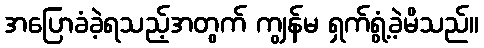
အပြောခံခဲ့ရသည့်အတွက် ကျွန်မ ရှက်ရွံ့ခဲ့မိသည်။